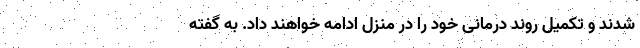
شدند و تکمیل روند درمانی خود را در منزل ادامه خواهند داد. به گفته